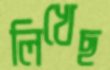
লিখেছ